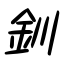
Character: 釧